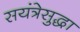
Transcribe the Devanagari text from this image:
सयंत्रेसुद्धा